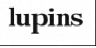
lupins